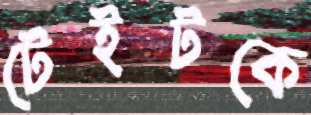
টেইটকে